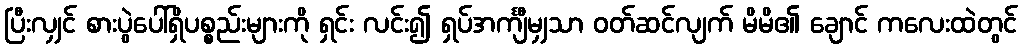
ပြီးလျှင် စားပွဲပေါ်ရှိပစ္စည်းများကို ရှင်း လင်း၍ ရှပ်အင်္ကျီမျှသာ ဝတ်ဆင်လျက် မိမိ၏ ချောင် ကလေးထဲတွင်